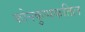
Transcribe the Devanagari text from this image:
कोनकुप्पकतिल